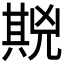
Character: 𱏪